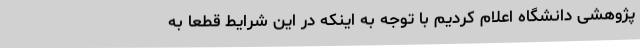
پژوهشی دانشگاه اعلام کردیم با توجه به اینکه در این شرایط قطعاً به